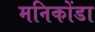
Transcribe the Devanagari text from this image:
मनिकोंडा